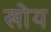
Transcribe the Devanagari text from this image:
खोय